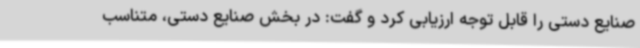
صنایع دستی را قابل توجه ارزیابی کرد و گفت: در بخش صنایع دستی، متناسب